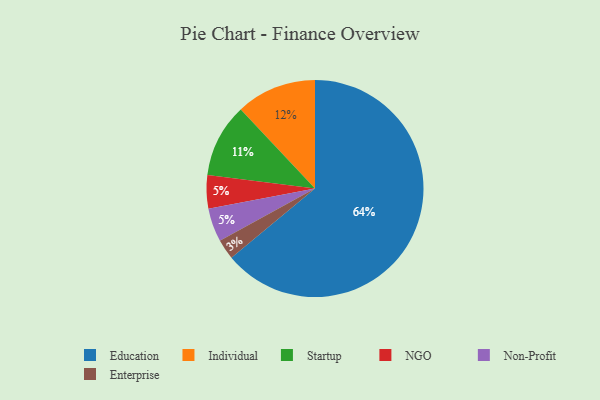
{"axis": {"x": "Category", "y": "Percentage"}, "legend": ["Education", "Enterprise", "Individual", "NGO", "Non-Profit", "Startup"], "data": [{"x": "Enterprise", "y": 3, "type": "Enterprise"}, {"x": "NGO", "y": 5, "type": "NGO"}, {"x": "Startup", "y": 11, "type": "Startup"}, {"x": "Individual", "y": 12, "type": "Individual"}, {"x": "Non-Profit", "y": 5, "type": "Non-Profit"}, {"x": "Education", "y": 64, "type": "Education"}]}